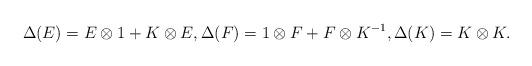
LaTeX: \begin{align*}\Delta(E) = E \otimes 1 + K \otimes E, \Delta(F) = 1 \otimes F + F \otimes K^{-1}, \Delta(K) = K \otimes K.\end{align*}